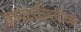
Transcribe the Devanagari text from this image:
कायद्याविषयीच्या